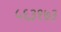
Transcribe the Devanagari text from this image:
५६३१७३